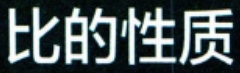
比的性质